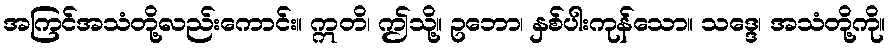
အကြင်အသံတို့လည်းကောင်း။ ဣတိ၊ ဤသို့။ ဥဘော၊ နှစ်ပါးကုန်သော။ သဒ္ဒေ၊ အသံတို့ကို။